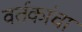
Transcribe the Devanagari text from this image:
वर्तकांचा